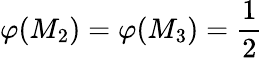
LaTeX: \varphi(M_{2})=\varphi(M_{3})=\frac{1}{2}